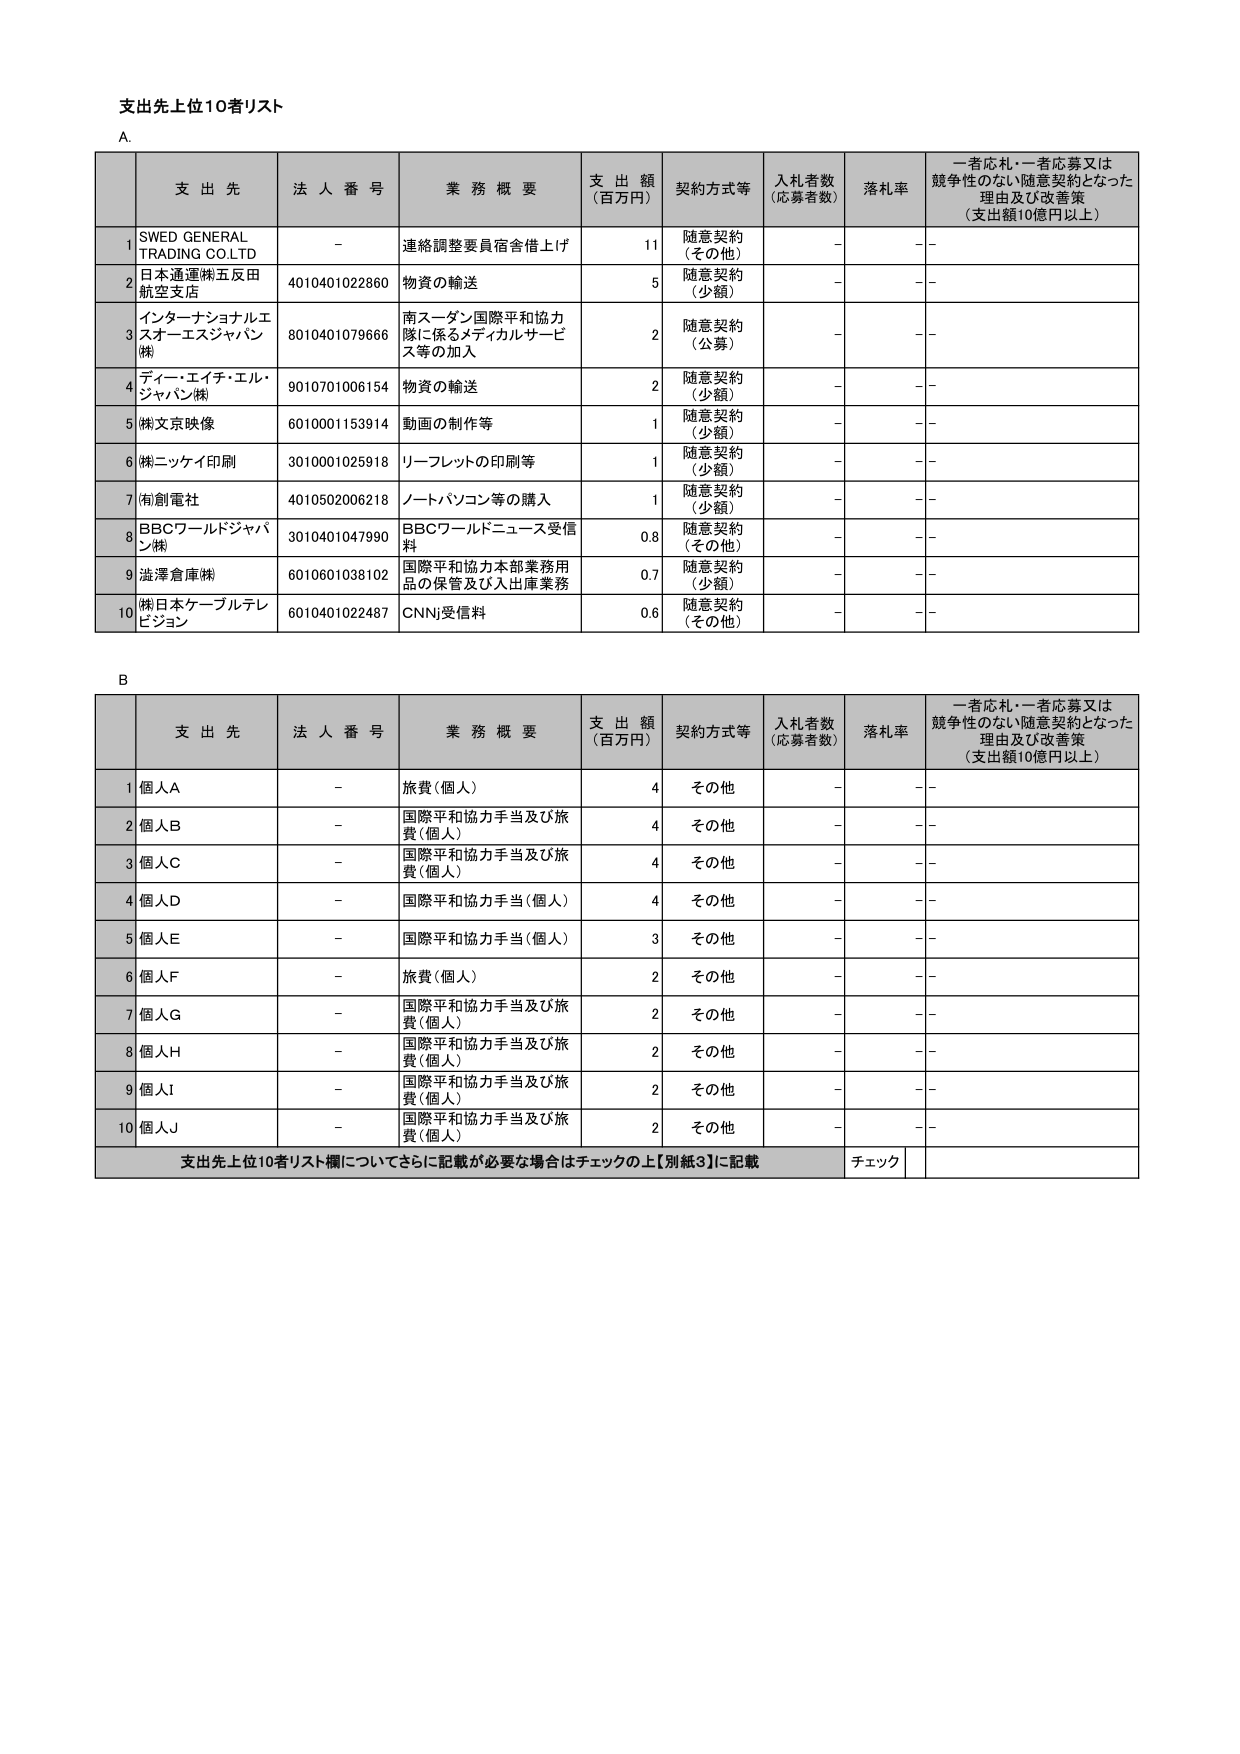
支出先上位10者リスト

A.

支 出 先 法 人 番 号 業 務 概 要 支 出 額 （百万円） 契約方式等 入札者数 （応募者数） 落札率 一者応札・一者応募又は 競争性のない随意契約となった 理由及び改善策 （支出額10億円以上）

1 SWED GENERAL TRADING CO.LTD - 連絡調整要員宿舎借上げ 11 随意契約 （その他） - - -

2 日本通運㈱五反田 航空支店 4010401022860 物資の輸送 5 随意契約 （少額） - - -

3 インターナショナルエ スオーエスジャパン ㈱ 8010401079666 南スーダン国際平和協力 隊に係るメディカルサービ ス等の加入 2 随意契約 （公募） - - -

4 ディー・エイチ・エル・ ジャパン㈱ 9010701006154 物資の輸送 2 随意契約 （少額） - - -

5 ㈱文京映像 6010001153914 動画の制作等 1 随意契約 （少額） - - -

6 ㈱ニッケイ印刷 3010001025918 リーフレットの印刷等 1 随意契約 （少額） - - -

7 ㈲創電社 4010502006218 ノートパソコン等の購入 1 随意契約 （少額） - - -

8 BBCワールドジャパ ン㈱ 3010401047990 BBCワールドニュース受信 料 0.8 随意契約 （その他） - - -

9 淀澤倉庫㈱ 6010601038102 国際平和協力本部業務用 品の保管及び入出庫業務 0.7 随意契約 （少額） - - -

10 ㈱日本ケーブルテレ ビジョン 6010401022487 CNNj受信料 0.6 随意契約 （その他） - - -

B

支 出 先 法 人 番 号 業 務 概 要 支 出 額 （百万円） 契約方式等 入札者数 （応募者数） 落札率 一者応札・一者応募又は 競争性のない随意契約となった 理由及び改善策 （支出額10億円以上）

1 個人A - 旅費（個人） 4 その他 - - -

2 個人B - 国際平和協力手当及び旅 費（個人） 4 その他 - - -

3 個人C - 国際平和協力手当及び旅 費（個人） 4 その他 - - -

4 個人D - 国際平和協力手当（個人） 4 その他 - - -

5 個人E - 国際平和協力手当（個人） 3 その他 - - -

6 個人F - 旅費（個人） 2 その他 - - -

7 個人G - 国際平和協力手当及び旅 費（個人） 2 その他 - - -

8 個人H - 国際平和協力手当及び旅 費（個人） 2 その他 - - -

9 個人I - 国際平和協力手当及び旅 費（個人） 2 その他 - - -

10 個人J - 国際平和協力手当及び旅 費（個人） 2 その他 - - -

支出先上位10者リスト欄についてさらに記載が必要な場合はチェックの上【別紙3】に記載 チェック